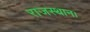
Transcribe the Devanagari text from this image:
राजस्थान।